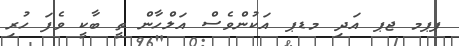
ޕޕމ ޖޕ އަދި މޑޕ އަކުންވެސް އަލްހާން ތީ ބާކީ ވެފަ ހުރި